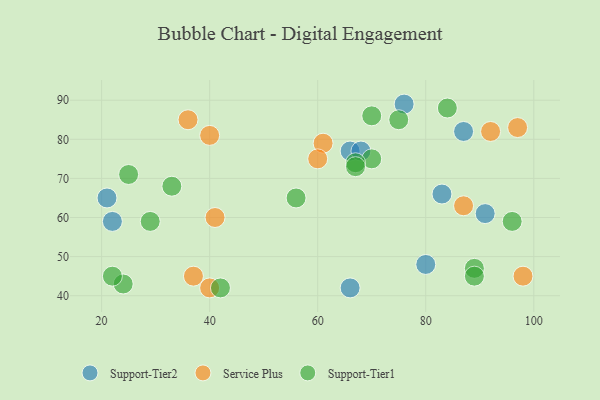
{"axis": {"x": "GDP", "y": "Life Expectancy"}, "legend": ["Service Plus", "Support-Tier1", "Support-Tier2"], "data": [{"x": "66", "y": 77, "type": "Support-Tier2"}, {"x": "21", "y": 65, "type": "Support-Tier2"}, {"x": "66", "y": 42, "type": "Support-Tier2"}, {"x": "22", "y": 59, "type": "Support-Tier2"}, {"x": "76", "y": 89, "type": "Support-Tier2"}, {"x": "80", "y": 48, "type": "Support-Tier2"}, {"x": "68", "y": 77, "type": "Support-Tier2"}, {"x": "83", "y": 66, "type": "Support-Tier2"}, {"x": "91", "y": 61, "type": "Support-Tier2"}, {"x": "87", "y": 82, "type": "Support-Tier2"}, {"x": "40", "y": 81, "type": "Service Plus"}, {"x": "92", "y": 82, "type": "Service Plus"}, {"x": "40", "y": 42, "type": "Service Plus"}, {"x": "41", "y": 60, "type": "Service Plus"}, {"x": "37", "y": 45, "type": "Service Plus"}, {"x": "97", "y": 83, "type": "Service Plus"}, {"x": "98", "y": 45, "type": "Service Plus"}, {"x": "61", "y": 79, "type": "Service Plus"}, {"x": "87", "y": 63, "type": "Service Plus"}, {"x": "60", "y": 75, "type": "Service Plus"}, {"x": "36", "y": 85, "type": "Service Plus"}, {"x": "70", "y": 75, "type": "Support-Tier1"}, {"x": "96", "y": 59, "type": "Support-Tier1"}, {"x": "25", "y": 71, "type": "Support-Tier1"}, {"x": "29", "y": 59, "type": "Support-Tier1"}, {"x": "42", "y": 42, "type": "Support-Tier1"}, {"x": "33", "y": 68, "type": "Support-Tier1"}, {"x": "75", "y": 85, "type": "Support-Tier1"}, {"x": "24", "y": 43, "type": "Support-Tier1"}, {"x": "89", "y": 47, "type": "Support-Tier1"}, {"x": "89", "y": 45, "type": "Support-Tier1"}, {"x": "67", "y": 74, "type": "Support-Tier1"}, {"x": "70", "y": 86, "type": "Support-Tier1"}, {"x": "84", "y": 88, "type": "Support-Tier1"}, {"x": "22", "y": 45, "type": "Support-Tier1"}, {"x": "67", "y": 73, "type": "Support-Tier1"}, {"x": "56", "y": 65, "type": "Support-Tier1"}]}